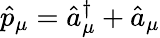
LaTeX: \hat{p}_{\mu}=\hat{a}_{\mu}^{\dagger}+\hat{a}_{\mu}